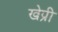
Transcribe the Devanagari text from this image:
खेप्री